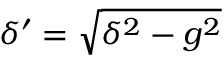
\delta ^ { \prime } = \sqrt { \delta ^ { 2 } - g ^ { 2 } }